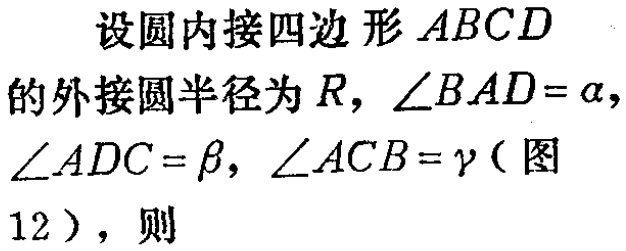
设圆内接四边形 \(ABCD\) 的外接圆半径为 \(R\)，\(\angle BAD = \alpha\)，\(\angle ADC=\beta\)，\(\angle ACB = \gamma\)（图12），则